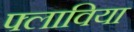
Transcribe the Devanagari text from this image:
फ्लाविया